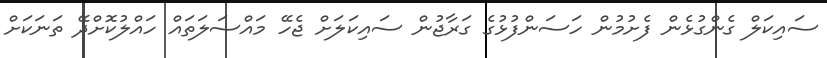
ސައިކަލް ގެންގުޅެން ފެށުމުން ހަސަންފުޅުގެ ގަރާޖުން ސައިކަލަށް ޖެހޭ މައްސަލަތައް ހައްލުކޮށްދޭ ތަނަކަށް